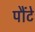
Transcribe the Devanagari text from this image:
पौंटे